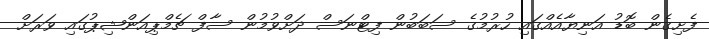
ފެށިގެން ބޮޑު އަނިޔާއެއްގައި ހުރުމުގެ ސަބަބުން ފިޓްނަސް ދަށްވުމުން ސާފް ޗެމްޕިއަންޝިޕުގައި ވަރަށް